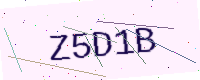
Text: Z5D1B